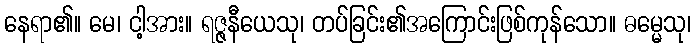
နေရာ၏။ မေ၊ ငါ့အား။ ရဇ္ဇနီယေသု၊ တပ်ခြင်း၏အကြောင်းဖြစ်ကုန်သော။ ဓမ္မေသု၊